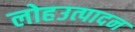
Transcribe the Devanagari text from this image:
लोहउत्पादन